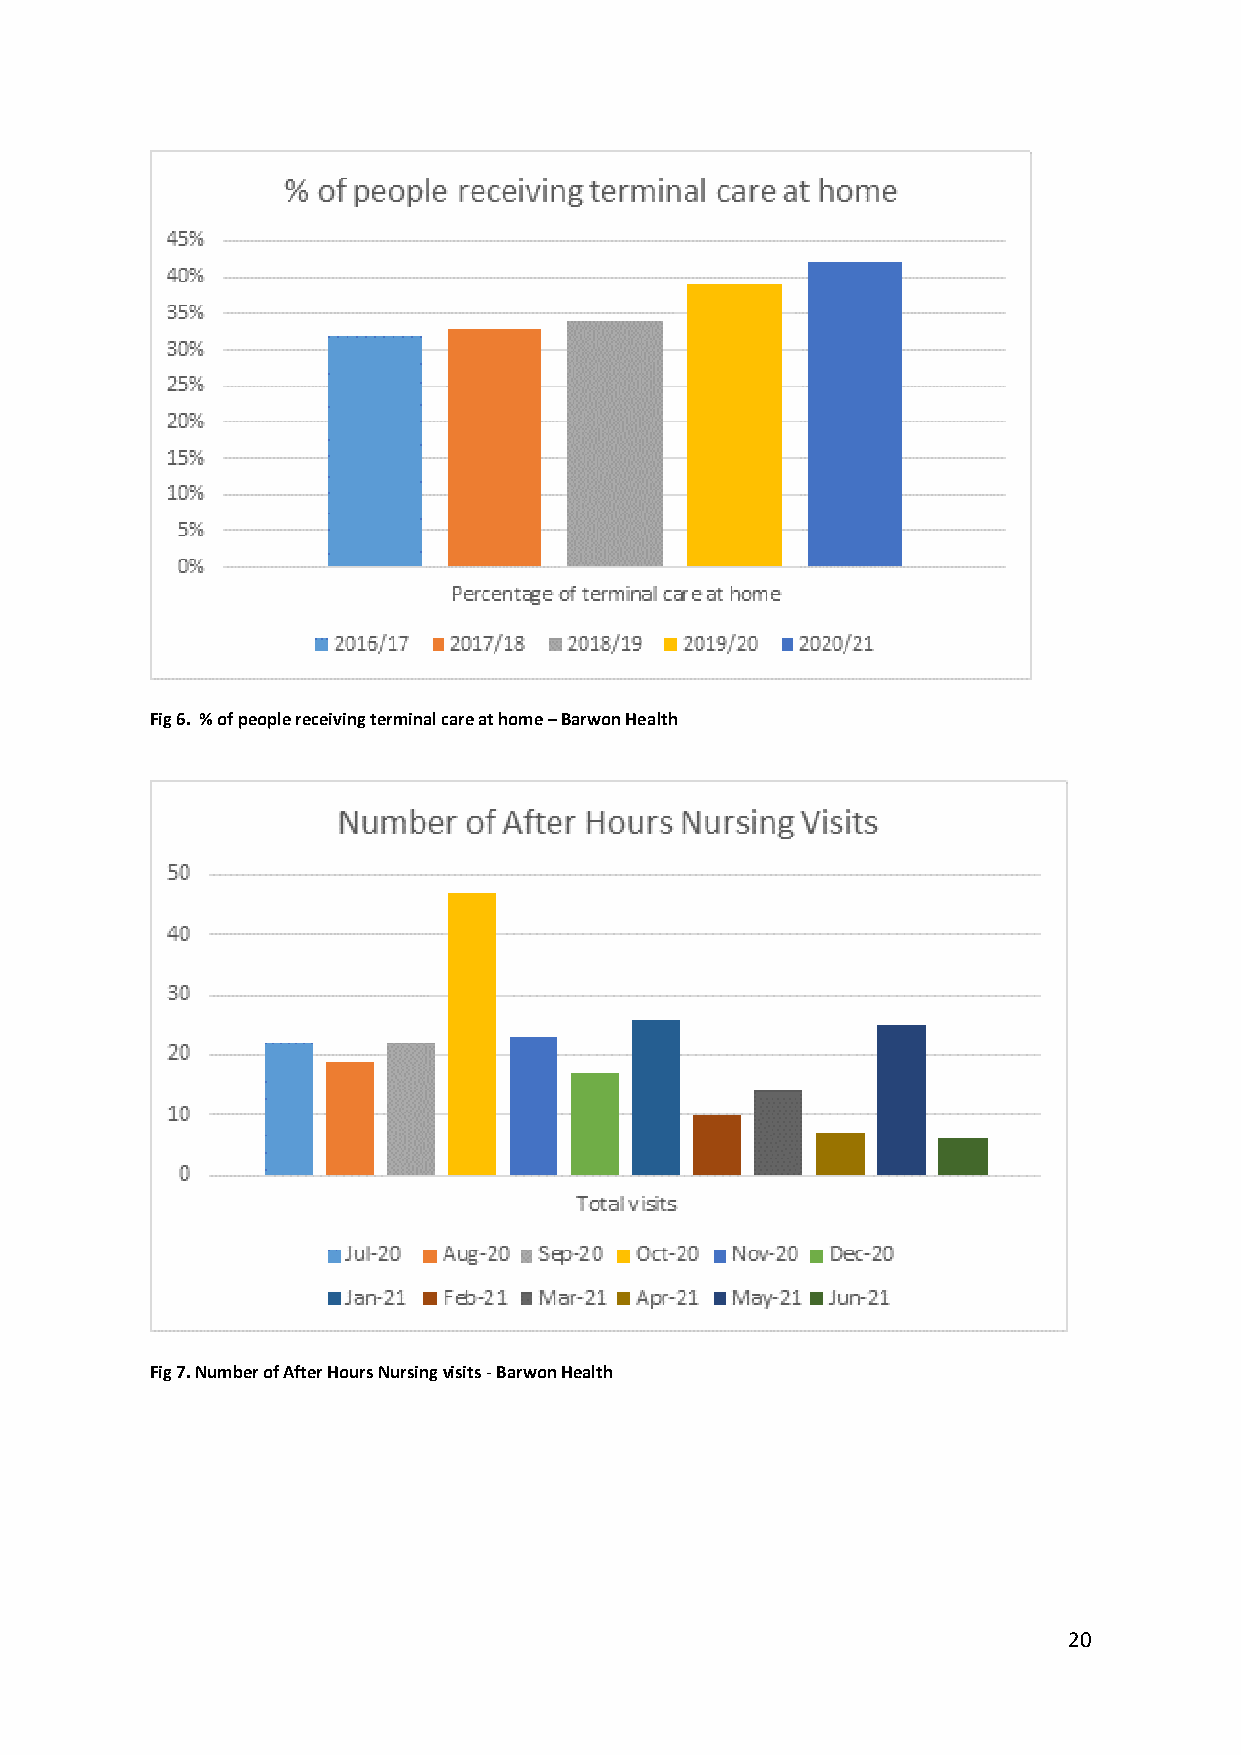
Fig 6. % of people receiving terminal care at home – Barwon Health
 Fig 7. Number of After Hours Nursing visits - Barwon Health
 20